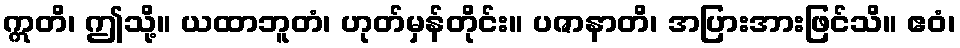
ဣတိ၊ ဤသို့။ ယထာဘူတံ၊ ဟုတ်မှန်တိုင်း။ ပဇာနာတိ၊ အပြားအားဖြင်သိ။ ဧဝံ၊